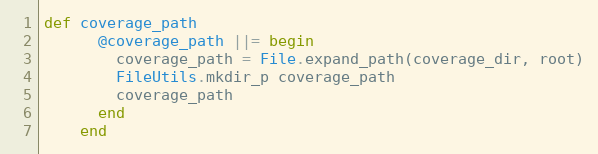
Language: Ruby
def coverage_path
      @coverage_path ||= begin
        coverage_path = File.expand_path(coverage_dir, root)
        FileUtils.mkdir_p coverage_path
        coverage_path
      end
    end